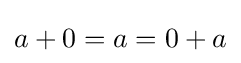
a+0=a=0+a